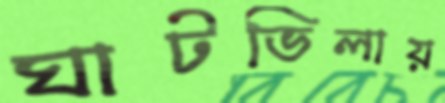
ঘাটভিলায়